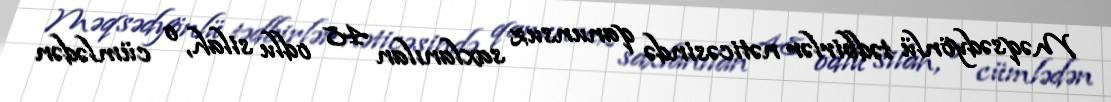
Məqsədyönlü tədbirlər nəticəsində qanunsuz saxlanılan 48 odlu silah, o cümlədən